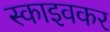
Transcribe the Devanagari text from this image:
स्काइवकर